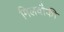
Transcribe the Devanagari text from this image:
मिलवौकी